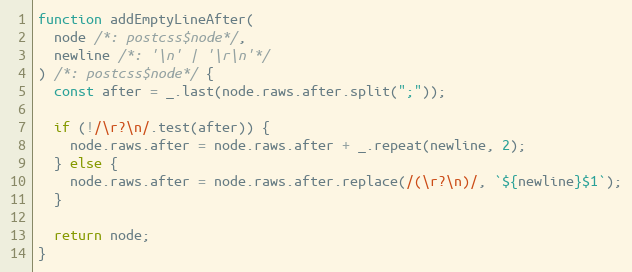
Language: JavaScript
function addEmptyLineAfter(
  node /*: postcss$node*/,
  newline /*: '\n' | '\r\n'*/
) /*: postcss$node*/ {
  const after = _.last(node.raws.after.split(";"));

  if (!/\r?\n/.test(after)) {
    node.raws.after = node.raws.after + _.repeat(newline, 2);
  } else {
    node.raws.after = node.raws.after.replace(/(\r?\n)/, `${newline}$1`);
  }

  return node;
}